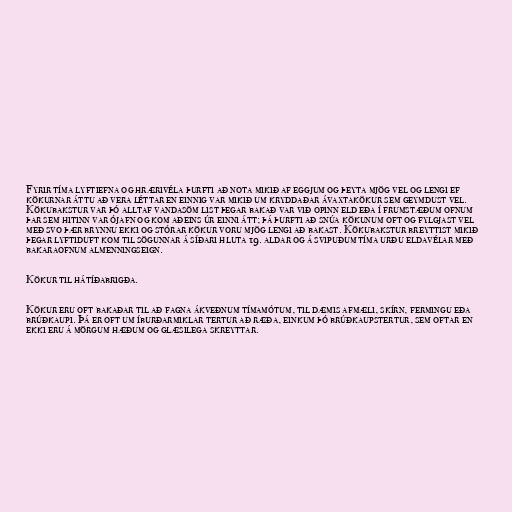
Fyrir tíma lyftiefna og hrærivéla þurfti að nota mikið af eggjum og þeyta mjög vel og lengi ef
kökurnar áttu að vera léttar en einnig var mikið um kryddaðar ávaxtakökur sem geymdust vel.
Kökubakstur var þó alltaf vandasöm list þegar bakað var við opinn eld eða í frumstæðum ofnum
þar sem hitinn var ójafn og kom aðeins úr einni átt; þá þurfti að snúa kökunum oft og fylgjast vel
með svo þær brynnu ekki og stórar kökur voru mjög lengi að bakast. Kökubakstur breyttist mikið
þegar lyftiduft kom til sögunnar á síðari hluta 19. aldar og á svipuðum tíma urðu eldavélar með
bakaraofnum almenningseign.

Kökur til hátíðabrigða.

Kökur eru oft bakaðar til að fagna ákveðnum tímamótum, til dæmis afmæli, skírn, fermingu eða
brúðkaupi. Þá er oft um íburðarmiklar tertur að ræða, einkum þó brúðkaupstertur, sem oftar en
ekki eru á mörgum hæðum og glæsilega skreyttar.